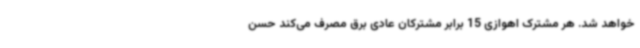
خواهد شد. هر مشترک اهوازی 15 برابر مشترکان عادی برق مصرف می‌کند حسن